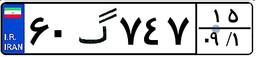
۶۰گ۷۴۷۱۵